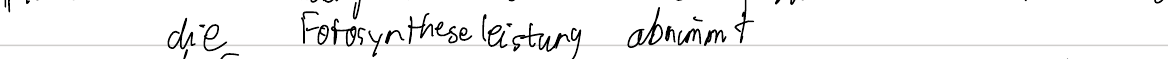
die Fotosyntheseleistung abnimmt